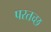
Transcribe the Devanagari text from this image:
परतच्‍छ